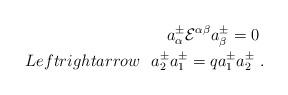
LaTeX: \begin{align*}a^\pm_\alpha{\cal E}^{\alpha\beta}a^\pm_\beta =0\ \\Leftrightarrow \ \ a^{\pm}_2a^{\pm}_1=qa^{\pm}_1a^{\pm}_2\ .\end{align*}